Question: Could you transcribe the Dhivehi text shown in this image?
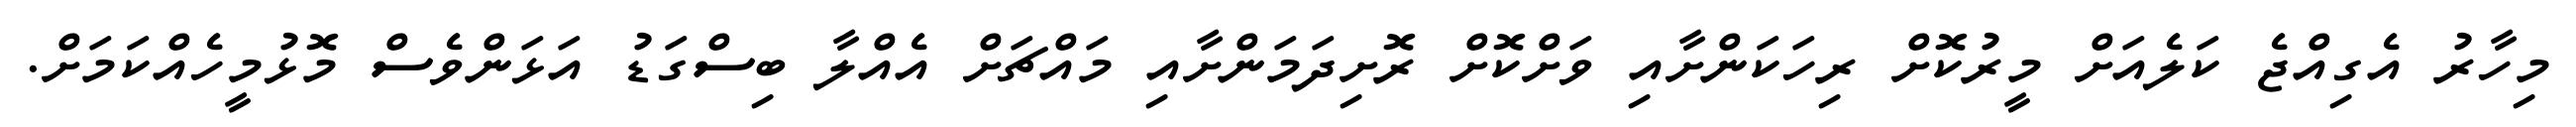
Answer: މިހާރު އެގިއްޖެ ކަލެއަށް މީރުކޮށް ރިހަކަންށާއި ވަށްކޮށް ރޮށިދަމަންށާއި މައްޗަށް އެއްލާ ބިސްގަޑު އަޅަންވެސް މޮޅުމީހެއްކަމަށް.